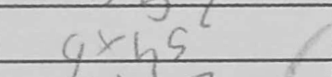
Transcription: gxh5